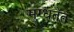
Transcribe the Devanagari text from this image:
मुग्धतेंत